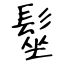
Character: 髽